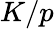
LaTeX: K/p